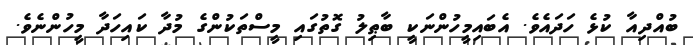
ބުއްދިއާ ކުޅެ ހަދައެވެ. އެބައިމީހުންނަކީ ބާޠިލު ގޮތުގައި މީސްތަކުންގެ މުދާ ކައިހަދާ މީހުންނެވެ.